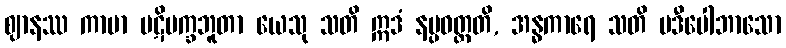
ဈာနဿ ကာမာ ပဋိပက္ခဘူတာ ယေသု သတိ ဣဒံ နပ္ပဝတ္တတိ, အန္ဓကာရေ သတိ ပဒီပေါဘာသော